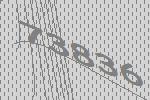
73836